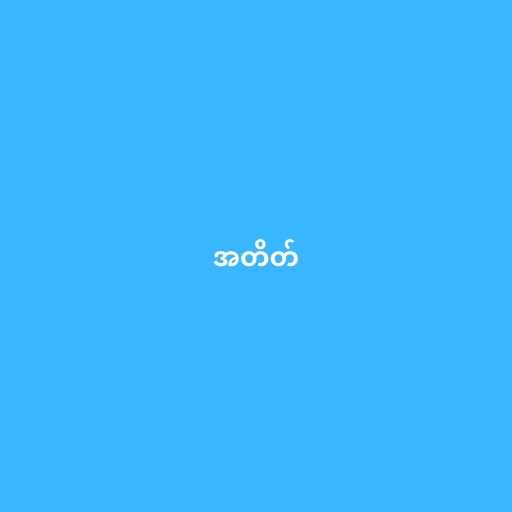
အတိတ်